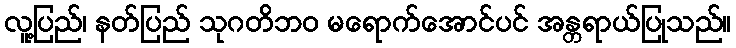
လူ့ပြည်၊ နတ်ပြည် သုဂတိဘဝ မရောက်အောင်ပင် အန္တရာယ်ပြုသည်။